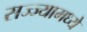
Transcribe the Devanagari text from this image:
सज्ज्यामध्ये